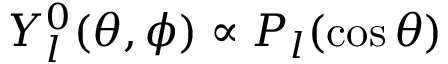
Y _ { l } ^ { 0 } ( \theta , \phi ) \propto P _ { l } ( \cos \theta )